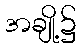
အချို့၌